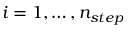
i = 1 , \ldots , n _ { s t e p }